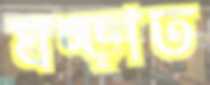
ঘষ্‌ড়াত